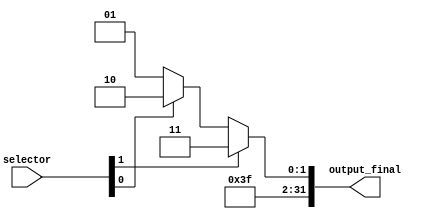
module mux_exception (
  input wire  [1:0]  selector,
  output wire [31:0] output_final
);

  wire [31:0] aux;


  assign aux = (selector[0]) ? 32'b000000000000000000000000011111110 : 32'b000000000000000000000000011111101;
  assign output_final = (selector[1]) ? 32'b000000000000000000000000011111111 : aux;

  endmodule